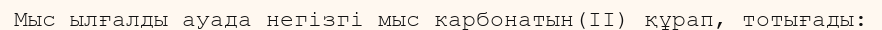
Мыс ылғалды ауада негізгі мыс карбонатын(II) құрап, тотығады: